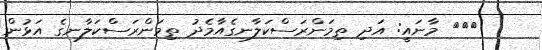
١٨٦ މާނައީ: އަދި ތިމަންރަސްކަލާނގެއާމެދު ތިމަންރަސްކަލާނގެ އަޅުން